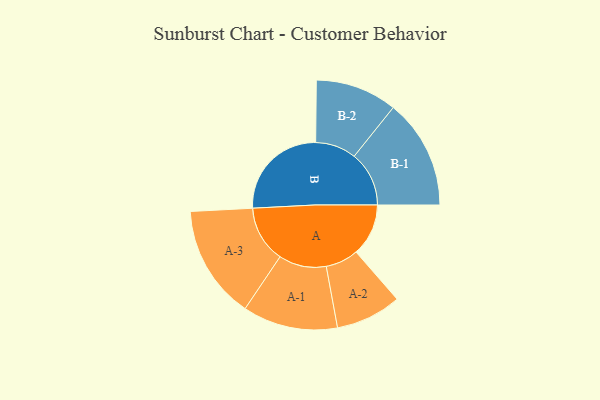
{"axis": {"x": "Segment", "y": "Value"}, "legend": ["", "A", "B"], "data": [{"x": "A", "y": 164, "type": ""}, {"x": "B", "y": 314, "type": ""}, {"x": "A-1", "y": 149, "type": "A"}, {"x": "A-2", "y": 103, "type": "A"}, {"x": "A-3", "y": 178, "type": "A"}, {"x": "B-1", "y": 172, "type": "B"}, {"x": "B-2", "y": 128, "type": "B"}]}